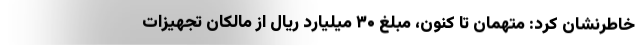
خاطرنشان کرد: متهمان تا کنون، مبلغ ۳۰ میلیارد ریال از مالکان تجهیزات